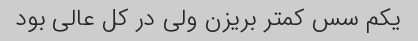
یکم سس کمتر بریزن ولی در کل عالی بود